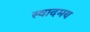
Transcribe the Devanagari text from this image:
स्वादमय